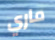
ماري